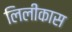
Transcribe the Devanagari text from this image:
लिलीकास